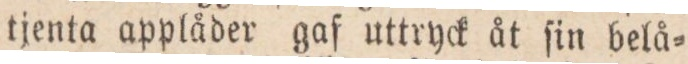
tjenta applåder gaf uttryck åt ſin belå=